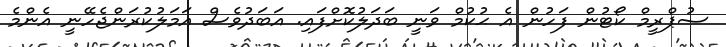
ސުޕްރީމް ކޯޓުން ފަހުން އެ ޙުކުމް ވަނީ ބަދަލުކޮށްފައި. އަބަދުވެސް އަމަލުކުރަންޖެހޭނީ އެންމެ